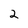
Character: 2